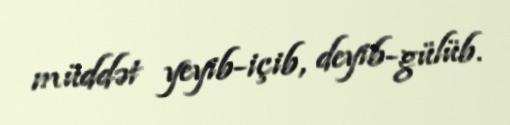
müddət yeyib-içib, deyib-gülüb.